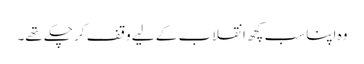
وہ اپنا سب کچھ انقلاب کے لیے وقف کر چکے تھے۔